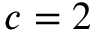
c = 2